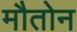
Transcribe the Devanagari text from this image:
मौतोन